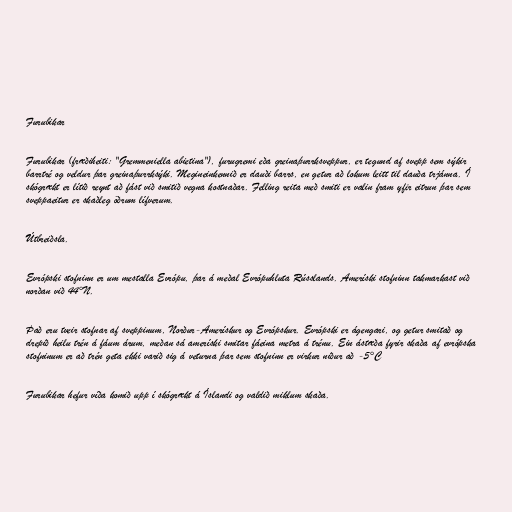
Furubikar

Furubikar (fræðiheiti: "Gremmeniella abietina"), furugremi eða greinaþurrksveppur, er tegund af svepp sem sýkir
barrtré og veldur þar greinaþurrksýki. Megineinkennið er dauði barrs, en getur að lokum leitt til dauða trjánna. Í
skógrækt er lítið reynt að fást við smitið vegna kostnaðar. Felling reita með smiti er valin fram yfir eitrun þar sem
sveppaeitur er skaðleg öðrum lífverum.

Útbreiðsla.

Evrópski stofninn er um mestalla Evrópu, þar á meðal Evrópuhluta Rússlands. Ameríski stofninn takmarkast við
norðan við 44°N.

Það eru tveir stofnar af sveppinum, Norður-Amerískur og Evrópskur. Evrópski er ágengari, og getur smitað og
drepið heilu trén á fáum árum, meðan sá ameríski smitar fáeina metra á trénu. Ein ástæða fyrir skaða af evrópska
stofninum er að trén geta ekki varið sig á veturna þar sem stofninn er virkur niður að -5°C

Furubikar hefur víða komið upp í skógrækt á Íslandi og valdið miklum skaða.